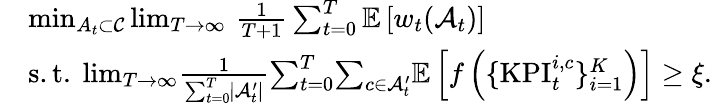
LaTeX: \begin{array}{rl}&{\operatorname*{min}_{A_{t}\subset\mathcal C}\operatorname*{lim}_{T\rightarrow\infty}\, \frac{1}{T+1}\sum_{t=0}^{T}\mathbb E\left[w_{t}(\mathcal A_{t})\right]}\\ &{\mathrm{s.t.}\ \operatorname*{lim}_{T\rightarrow\infty}\! \frac{1}{\sum_{t=0}^{T}\! |\mathcal A_{t}^{\prime}|}\! \sum_{t=0}^{T}\! \sum_{c\in\mathcal A_{t}^{\prime}}\! \mathbb E\left[f\left(\{ \mathrm{KPI}_{t}^{i,c}\} _{i=1}^{K}\right)\right]\ge\xi.}\end{array}